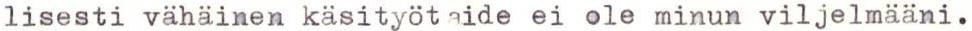
lisesti vähäinen käsityötaide ei ole minun viljelmääni.